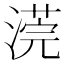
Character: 𣻻